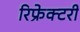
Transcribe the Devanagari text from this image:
रिफ्रेक्टरी